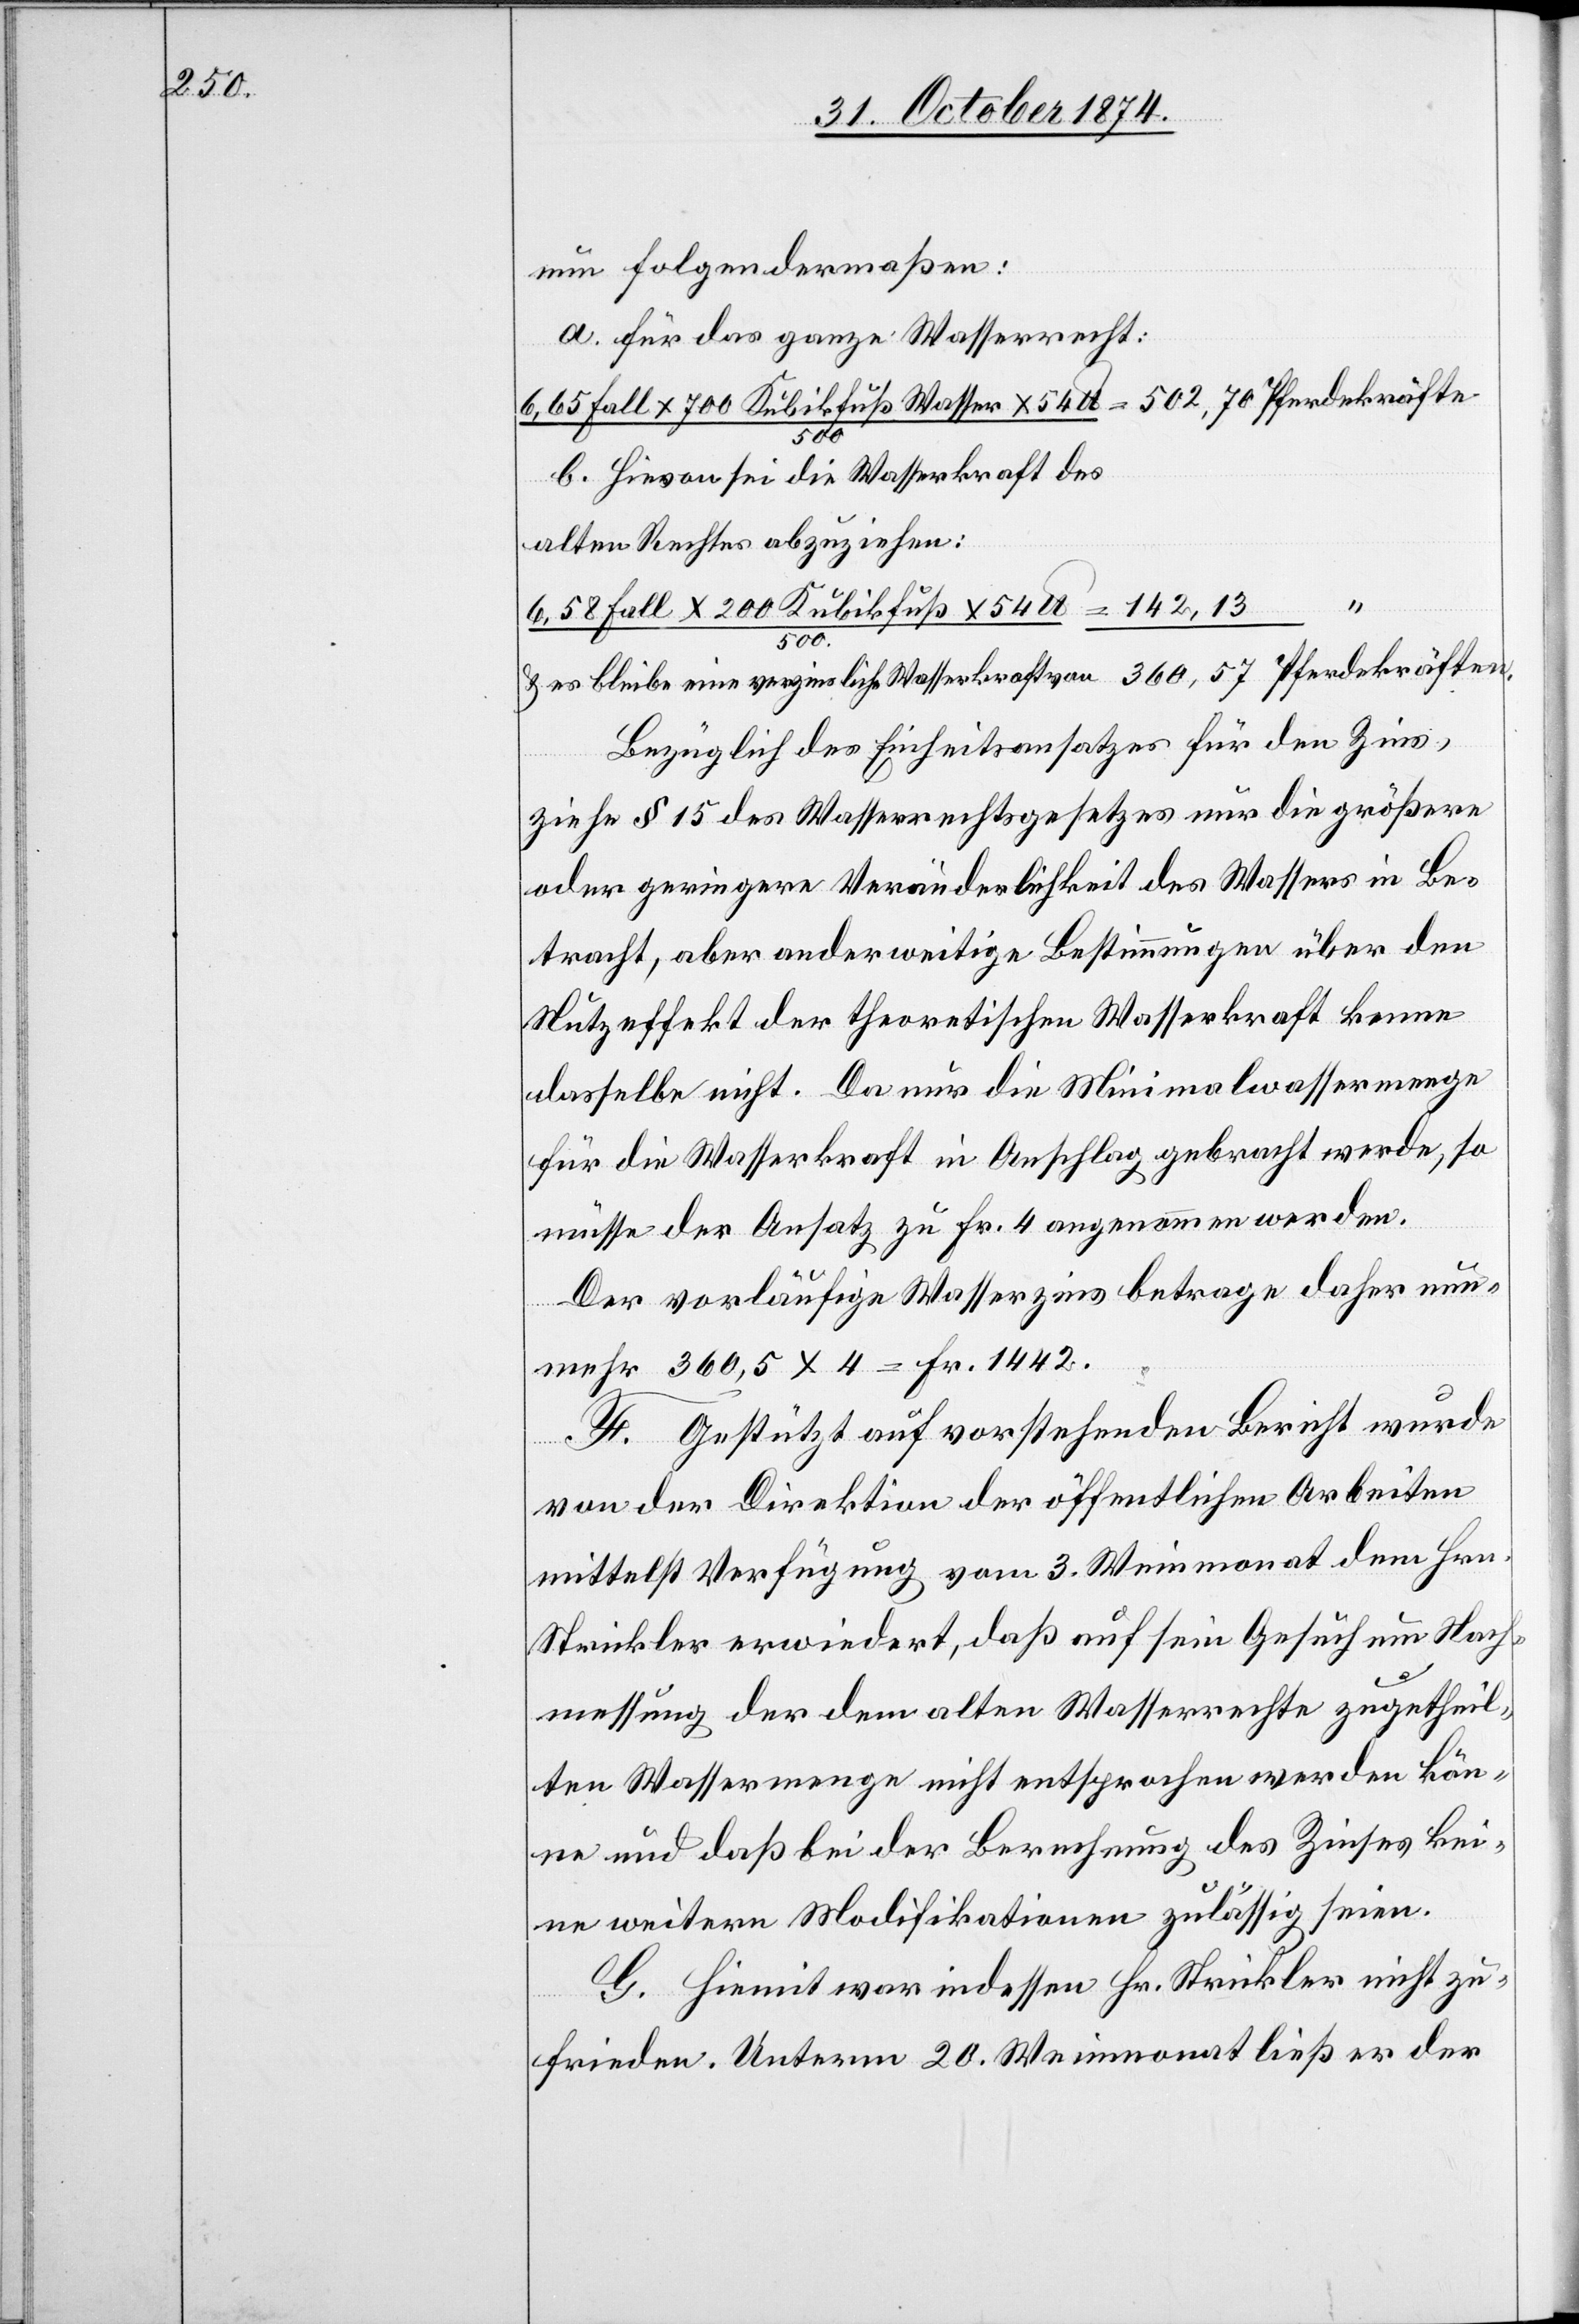
nun folgendermaßen:
a. für das ganze Wasserrecht:
6,65 Fall x 700 Kubikfuß Wasser x 54 lb./500 = 502,70 Pferdekräfte
b. Hievon sei die Wasserkraft des
alten Rechtes abzuziehen:
6,58 Fall x 200 Kubikfuß x 54 lb./500 = 142,13
& es bleibe eine verzinsliche Wasserkraft von 360,57 Pferdekräften.
Bezüglich des Einheitsansatzes für den Zins,
ziehe § 15 des Wasserrechtsgesetzes nur die größere
oder geringere Veränderlichkeit des Wassers in Be¬
tracht, aber anderweitige Bestimmungen über den
Nutzeffekt der theoretischen Wasserkraft kenne
dasselbe nicht. Da nur die Minimalwassermenge
für die Wasserkraft in Anschlag gebracht werde, so
müsse der Ansatz zu Fr. 4 angenommen werden.
Der vorläufige Wasserzins betrage daher nun¬
mehr 360,5 x 4 = Fr. 1442.
F. Gestützt auf vorstehenden Bericht wurde
von der Direktion der öffentlichen Arbeiten
mittelst Verfügung vom 3. Weinmonat dem Hrn.
Strickler erwiedert, daß auf sein Gesuch um Nach¬
messung der dem alten Wasserrechte zugetheil¬
ten Wassermenge nicht entsprochen werden kön¬
ne und daß bei der Berechnung des Zinses kei¬
ne weitern Modifikationen zulässig seien.
G. Hiemit war indessen Hr. Strickler nicht zu¬
frieden. Unterm 20. Weinmonat ließ er der